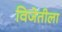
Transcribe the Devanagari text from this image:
विजेतीला